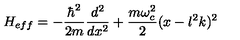
H _ { e f f } = - \frac { \hbar ^ { 2 } } { 2 m } \frac { d ^ { 2 } } { d x ^ { 2 } } + \frac { m \omega _ { c } ^ { 2 } } { 2 } ( x - l ^ { 2 } k ) ^ { 2 }